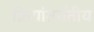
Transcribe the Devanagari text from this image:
क्रियांतर्गतीय